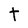
Character: t